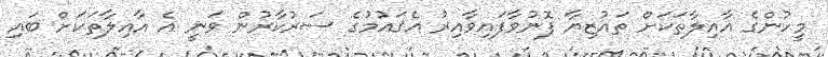
މީހުންގެ އާއިލާތަކަށް ތައުޒިޔާ ފޮނުވާފައިވާއިރު އެޤައުމުގެ ސަރުކާރުން ވަނީ އެ އާއިލާތަކަށް ބައި